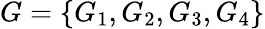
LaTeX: G=\left\{ G_{1},G_{2},G_{3},G_{4}\right\}